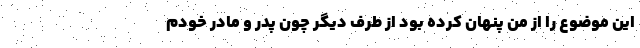
این موضوع را از من پنهان کرده بود از طرف دیگر چون پدر و مادر خودم